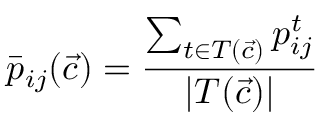
\bar { p } _ { i j } ( \vec { c } ) = \frac { \sum _ { t \in T ( \vec { c } ) } p _ { i j } ^ { t } } { | T ( \vec { c } ) | }